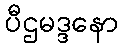
ပီဌမဒ္ဒနော